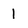
Character: 1